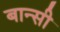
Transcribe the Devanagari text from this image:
बान्‍सी